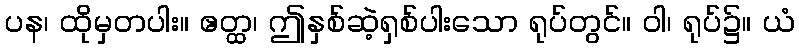
ပန၊ ထိုမှတပါး။ ဧတ္ထ၊ ဤနှစ်ဆဲ့ရှစ်ပါးသော ရုပ်တွင်။ ဝါ၊ ရုပ်၌။ ယံ